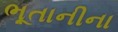
ભૂતાનીના